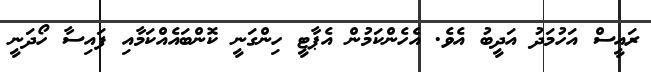
ރައީސް އަހުމަދު އަދީބު އެވެ. އެހެންކަމުން އެޕާޓީ ހިންގަނީ ކޮންބައެއްކަމާއި ފައިސާ ހޯދަނީ